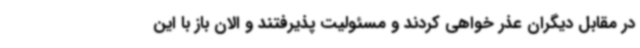
در مقابل دیگران عذر خواهی کردند و مسئولیت پذیرفتند و الان باز با این